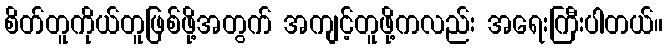
စိတ်တူကိုယ်တူဖြစ်ဖို့အတွက် အကျင့်တူဖို့ကလည်း အရေးကြီးပါတယ်။